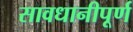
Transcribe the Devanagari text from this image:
सावधानीपूर्ण